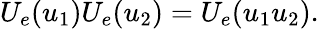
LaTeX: U_{e}(u_{1})U_{e}(u_{2})=U_{e}(u_{1}u_{2}).